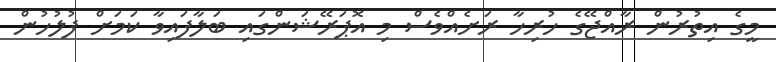
މީގެ އިތުރުން ރާއްޖޭގެ ހުރިހާ ރަށެއްވެސް މި އޮޕަރޭޝަންގައި ބަލާފައިވާ ކަމަށް ފުލުހުން